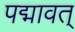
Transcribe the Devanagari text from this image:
पद्मावत्